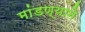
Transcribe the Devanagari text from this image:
मांडण्याने